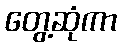
တွေ့ဆုံကာ